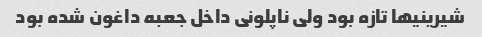
شیرینیها تازه بود ولی ناپلونی داخل جعبه داغون شده بود